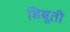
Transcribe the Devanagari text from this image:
डिबूती